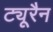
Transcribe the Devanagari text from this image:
ट्यूरैन